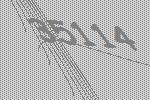
35114